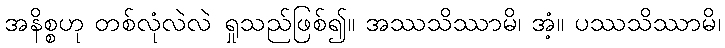
အနိစ္စဟု တစ်လုံလဲလဲ ရှုသည်ဖြစ်၍။ အဿသိဿာမိ၊ အံ့။ ပဿသိဿာမိ၊